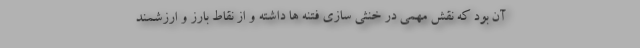
آن بود که نقش مهمی در خنثی سازی فتنه ها داشته و از نقاط بارز و ارزشمند